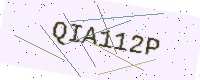
Text: QIA112P